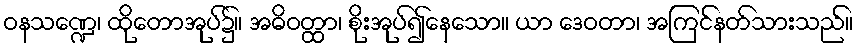
ဝနသဏ္ဍေ၊ ထိုတောအုပ်၌။ အဓိဝတ္ထာ၊ စိုးအုပ်၍နေသော။ ယာ ဒေဝတာ၊ အကြင်နတ်သားသည်။